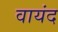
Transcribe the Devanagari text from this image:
वायंद